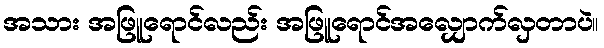
အသား အဖြူရောင်လည်း အဖြူရောင်အလျှောက်လှတာပဲ။